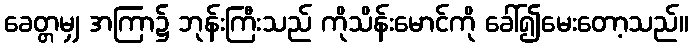
ခေတ္တမျှ အကြာ၌ ဘုန်းကြီးသည် ကိုသိန်းမောင်ကို ခေါ်၍မေးတော့သည်။